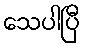
သေပါပြီ